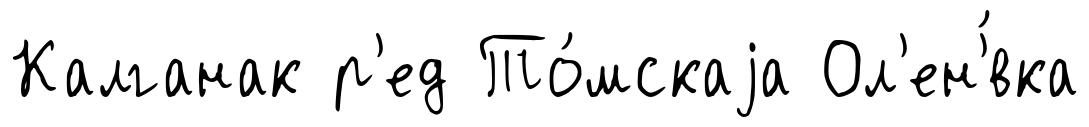
Калганак р'ед То́мскаjа Ол'ен'́вка